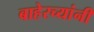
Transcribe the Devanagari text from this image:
बाहेरच्यांनी